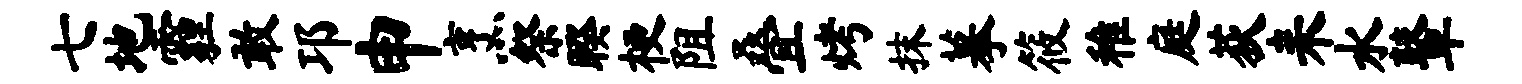
七地霾敢邛申烹祭睽梗阻叠烤抹摹筱稚庭荻耒水鼙